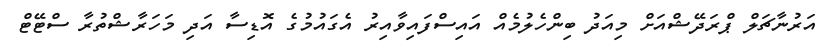
އަރުނާޗަލް ޕްރަދޭޝްއަށް މިއަދު ބިންހެލުމެއް އައިސްފައިވާއިރު އެގައުމުގެ އޮޑިސާ އަދި މަހަރާޝްތުރާ ސްޓޭޓް